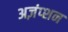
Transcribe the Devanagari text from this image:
अज़ंप्शन